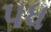
પધ